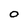
Character: O